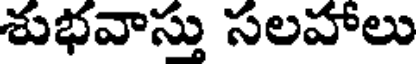
శుభవాస్తు సలహాలు